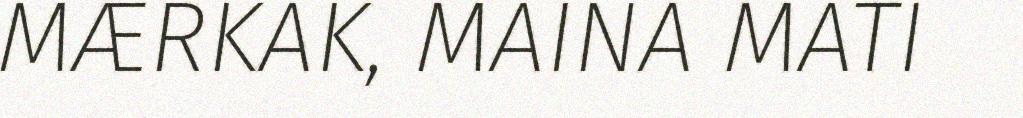
MÆRKAK, MAINA MATI